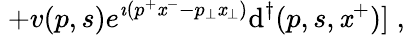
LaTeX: \; +v(p,s)e^{\imath(p^{+}\mathit{x}^{-}-p_{\perp}\mathit{x}_{\perp})}\mathrm{d}^{\dagger}(p,s,\mathit{x}^{+})]\; ,